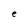
Character: e